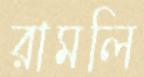
রামলি